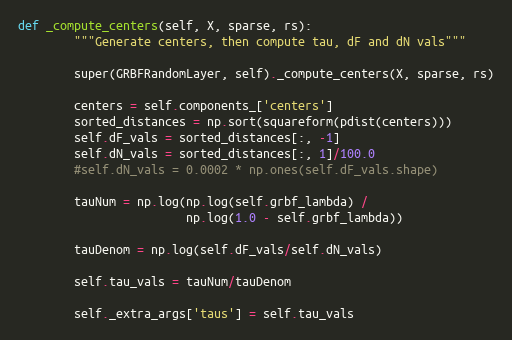
Language: Python
def _compute_centers(self, X, sparse, rs):
        """Generate centers, then compute tau, dF and dN vals"""

        super(GRBFRandomLayer, self)._compute_centers(X, sparse, rs)

        centers = self.components_['centers']
        sorted_distances = np.sort(squareform(pdist(centers)))
        self.dF_vals = sorted_distances[:, -1]
        self.dN_vals = sorted_distances[:, 1]/100.0
        #self.dN_vals = 0.0002 * np.ones(self.dF_vals.shape)

        tauNum = np.log(np.log(self.grbf_lambda) /
                        np.log(1.0 - self.grbf_lambda))

        tauDenom = np.log(self.dF_vals/self.dN_vals)

        self.tau_vals = tauNum/tauDenom

        self._extra_args['taus'] = self.tau_vals